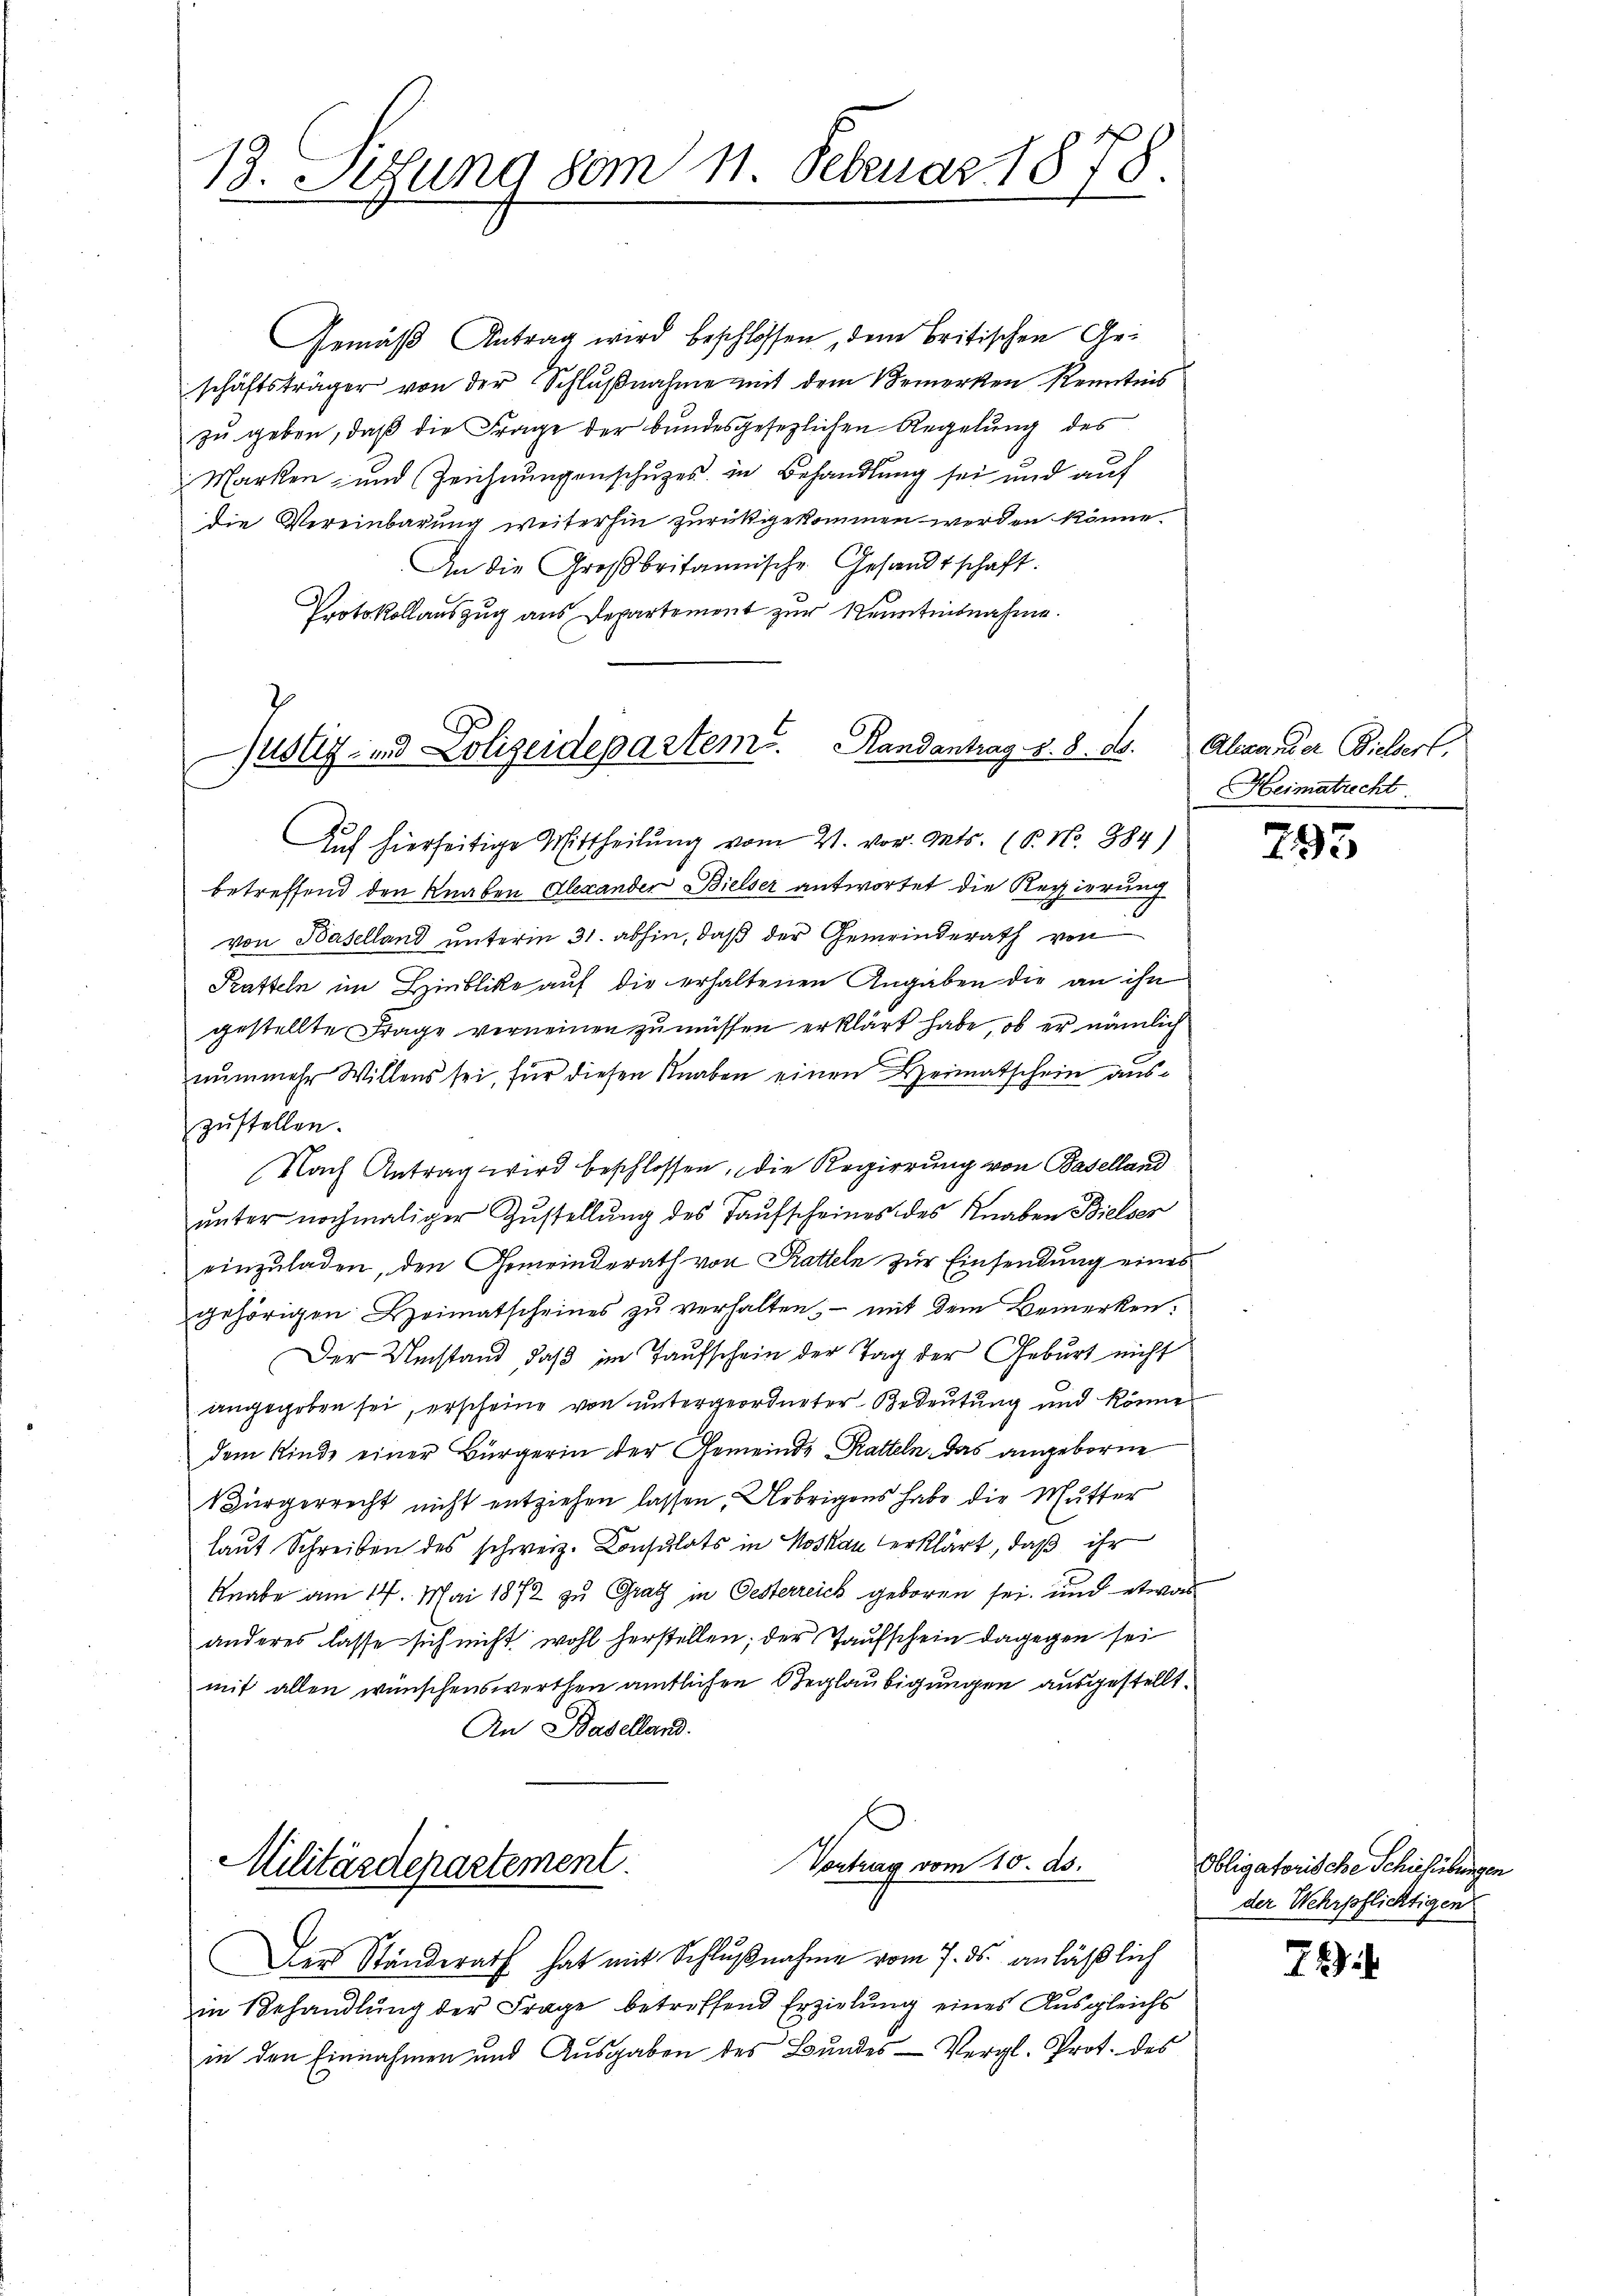
13. Setzung vom 11. Februar 1878.

Gemäß Antrag wird beschlossen, dem britischen Gei
schäftsträger von der Schlußnahme mit dem Bemerken Kenntnis
zu geben, daß die Frage der bundesgesezlichen Regelung des
Marken- und Zeichnungenschuzes in Behandlung sei und auf
die Vereinbarung weiterhin zurückgekommen werden könne.
An die Großbritannische Gesandtschaft.
Protokollauszug aus Departement zur Kenntnisnahme.

Justiz- und Polizeidepartem Randantrag v. 8. ds.

Vontrag vom 10. ds.
Militärdepartement.

Auf hierseitige Mittheilung vom 21. vor. Mts. (T. No. 884)
betreffend den Knaben Alexander Bielser antwortet die Regierung
von Baselland unterm 31. abhin, daß der Gemeinderath von
Pratteln im Hinblicke auf die erhaltenen Angaben die an ihn
gestellte Frage verneinen zu müssen erklärt habe, ob er nämlich
nunmehr Willens sei, für diesen Knaben einen Heimatschein auszustellen.
Nach Antrag wird beschlossen, die Regierung von Baselland
ŭnter nochmaliger Zustellung des Taufscheines des Knaben Bielser
einzuladen, den Gemeinderath von Ratteln zur Einsendung eines
gehörigen Heimatscheines zŭ verhalten, mit dem Bemerken:
Der Umstand, daß im Taufschein der Tag der Geburt nicht
angegeben sei, erscheine von untergeordneter Bedeutung und könne
dem Kinde einer Bürgerin der Gemeinde Ratteln. Das angeborne
Bürgerrecht nicht entziehen lassen, Uebrigens habe die Mutter
laut Schreiben des schweiz. Consulats in Moskau erklärt, daß ihr
Knabe am 14. Mai 1872 zu Gratz in Gesterreich geboren sei, und etwas
anderes lasse sich nicht wohl herstellen; der Taufschein dagegen sei
mit allen wünschenswerthen amtlichen Beglaubigungen ausgestellt.
An Baselland.

Der Ständerath hat mit Schlußnahme vom 7. ds. anläßlich
in Behandlung der Frage betreffend Erzielung eines Ausgleichs
in den Einnahmen und Ausgaben des Bundes Vergl. Prot. des

Alexander Bieldert.
Heimatrecht

793

Obligatorische Schichiebungen
der Wehrpflichtigen

74